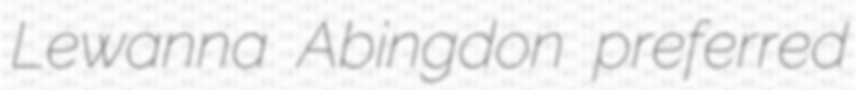
Lewanna Abingdon preferred